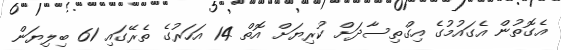
އެގޮތުން އެގައުމުގެ އިގްތިސާދަށް ކުރިޔަށް އޮތް 14 އަހަރުގެ ތެރޭގައި 61 ބިލިޔަން